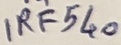
Text: IRF540